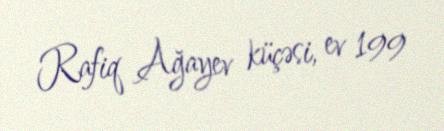
Rafiq Ağayev küçəsi, ev 199